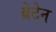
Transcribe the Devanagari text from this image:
ब्रेटेन